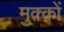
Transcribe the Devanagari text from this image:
मुक़्क़ों